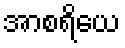
အာစရိယေ